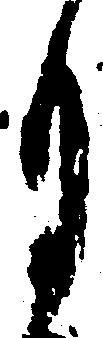
月